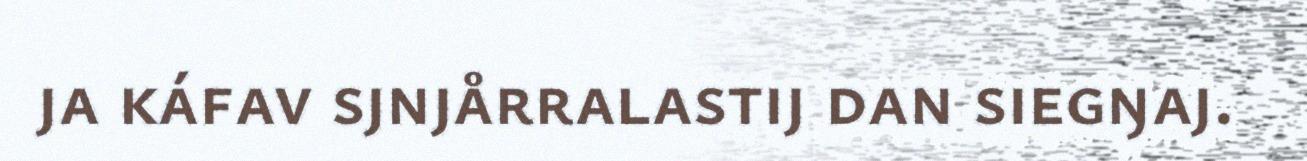
ja káfav sjnjårralastij dan siegŋaj.